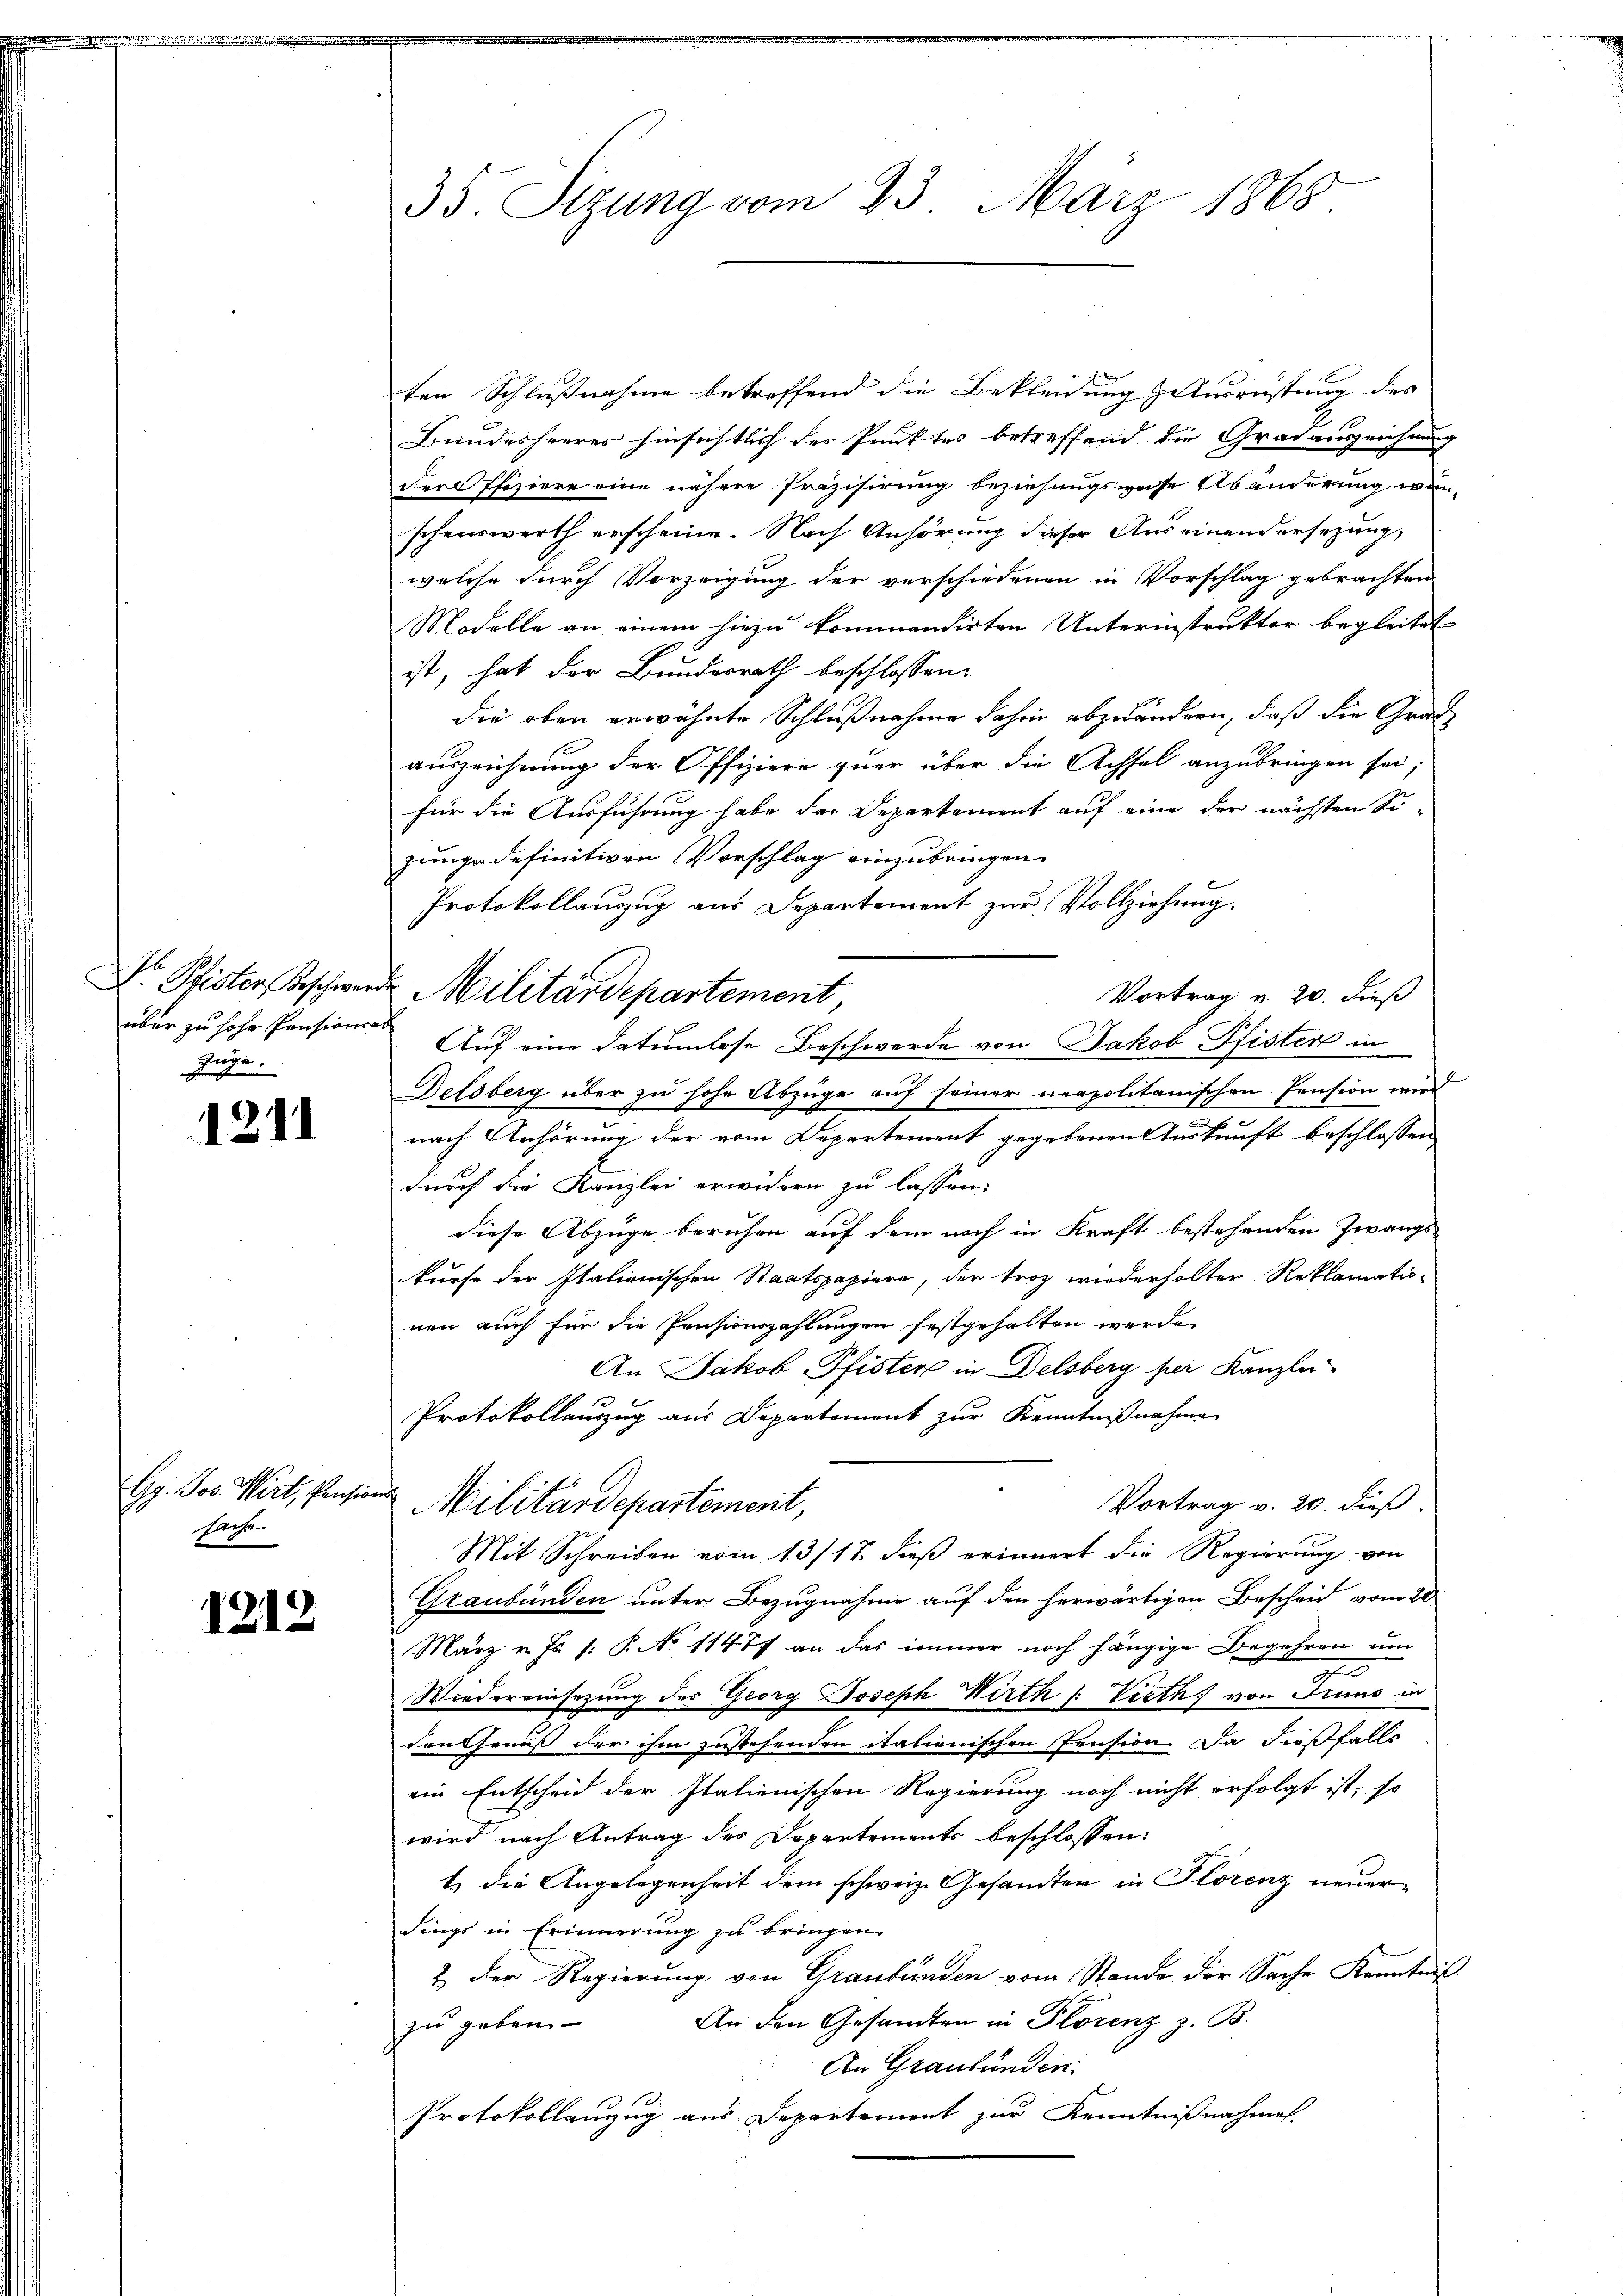
.
.

züge.

1211

Gg. Jos. Wirt, Pensions
srefe

1213

ten Schlussnahme betreffend die Bekleidung & Ausrüstung der
2
Bundesheerer hinsichtlich des Punktes betreffend die Gradauszeichnung
der Pfiziere eine nähere Präzisirung beziehungsweise Abänderung wünschenswerth erscheine. Nach Anhörung dieser Auseinandersezung,
welche durch Vorzeigung der verschiedenen in Vorschlag gebrachten
Modelle an einem hiezu kommendirten Unterinstruktor begleitet
ist, hat der Bundesrath beschlossen:
die oben erwähnte Schlußnahme dahin abzuändern, daß die Graf
auszeichnung der Offiziere quer über die Achsel anzubringen sei;
für die Ausführung habe das Departement auf eine der nächsten Sijunge definitiven Vorschlag einzubringen.
Protokollanzug aus Departement zur Vollziehung.
Dr. Pfister Beschwerde Militärdepartement
Vortrag v. 20. dieß
über zu hohe Pensions Auf eine Datumlose Beschwerde von Jakob Pfister in
Delsberg über zu hohe Abzüge auf seiner neapolitanischen Pension wird
nach Anhörung der vom Departement gegebenen Auskunft beschlossen
durch die Kanzlei erwidern zu lassen.
diese Abzüge beruhen auf dem noch in Kraft bestehenden Zwangs-
kurfe der Italienischen Staatspapiere, der troz wiederholter Reklamatio-
nen auch für die Pensicuszahlungen festgehalten werde.
An Jakob Pfister in Delsberg per Kanzlei
Protokollanzug aus Departement zur Kenntnißnahme
Vortrag v. 20. dieß.
Militärdepartement,
Mit Schreiben vom 13/17. dieß erinnert die Regierung von
Graubünden unter Bezugnahme auf den herwärtigen Bescheid vom 20
März v. Js. s. P. No 11477 an das immer noch hängige Begehren um
.
Wiedereinsezung des Georg Joseph Wirth " Verth von Grund in
den Genuß der ihm zustehenden italienischen Pension. Da dießfalls
ein Entscheid der Italienischen Regierung noch nicht erfolgt ist, so
wird nach Antrag des Departements beschlossen:
t) die Angelegenheit dem schweiz. Gesandten in Florenz neuerdings in Erinnerung zu bringen.
2.) Der Regierung von Graubünden vom Stande der Sache Kenntniß
An den Gesandten in Florenz z. B.
zu geben.
An Graubünden.
Protokollanzug aus Departement zur Kenntnißnahmen.

35. Sizung vom 23. März 1868